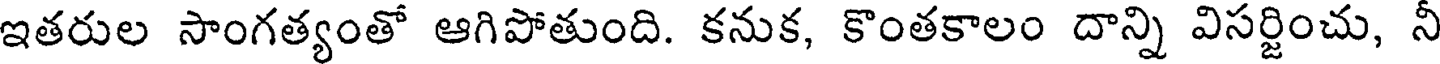
ఇతరుల సాంగత్యంతో ఆగిపోతుంది. కనుక, కొంతకాలం దాన్ని విసర్జించు, నీ